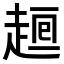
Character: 𧼉